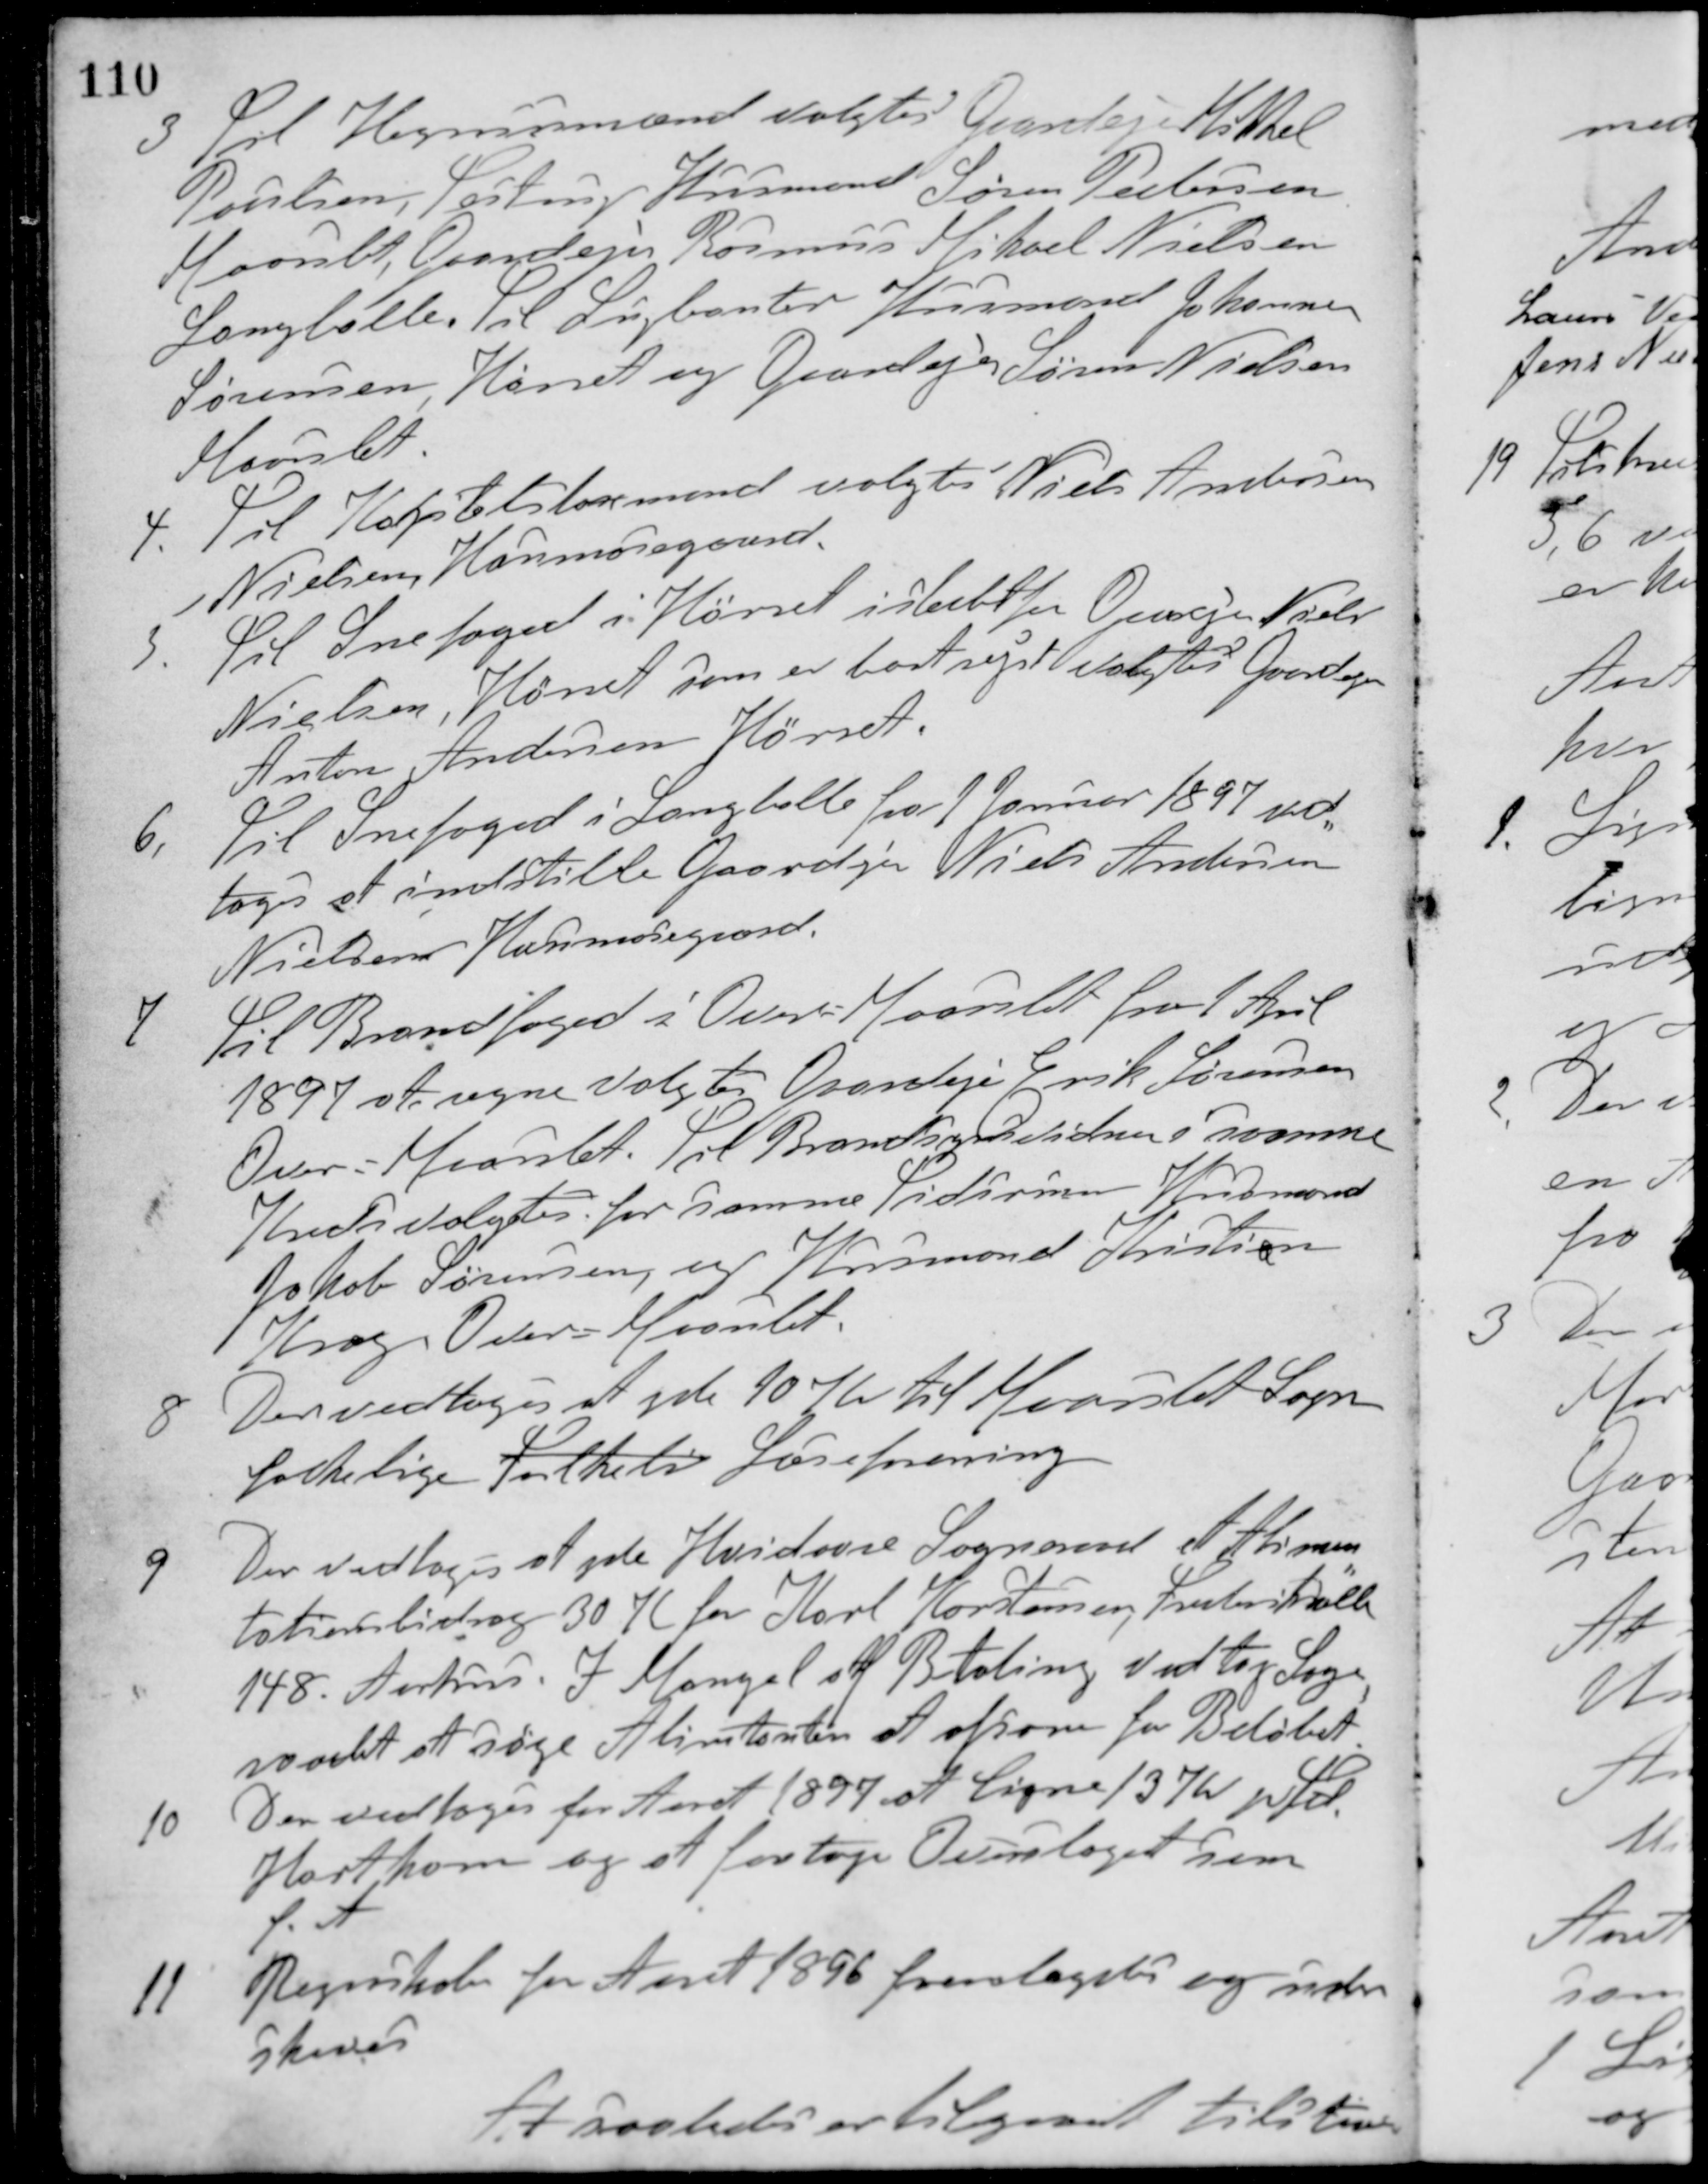
Transskription:
3 Til Hegnsmænd valgtes Gaardejer Mikkel
Poulsen, Testrup Husmand Søren Pedersen,
Maarslet, Gaardejer Rasmus Mikael Nielsen,
Langballe. Til Supleanter Husmand Johannes
Sørensen, Hørret og Gaardejer Søren Nielsen,
Maarslet
4. Til Kapitelslovmand valgtes Niels Andersen
Nielsen, Havmosegaard.
5. Til Snefoged i Hørret i stedet for Gaardejer Niels
Nielsen, Hørret som er bortrejst valgtes Gaardejer
Anton Andersen, Hørret.
6. Til Snefoged i Langballe fra 1 Januar 1897 ved-
toges at indstille Gaardejer Niels Andersen
Nielsens Havmosegaard.
7. Til Brandfoged i Over-Maarslet fra 1 April
1897 at regne valgtes Gaardejer Erik Sørensen,
Over-Maarslet. Til Brandsynsvidner i samme
Kreds valgtes for samme Tidsrum Husmand
Jakob Sørensen, og Husmand Kristian
Krog, Over-Maarslet.
8. Der vedtoges at yde 10 Kr. til Maarslet Sogn
folkelige Folkeli Læseforening.
9. Der vedtoges at yde Hvidovre Sogneraad et Alimen-
tationsbidrag 30 Kr. for Karl Karstensen, Frederiksalle
148 Aarhus. I Mangel af Betaling vedtog Sogne-
raadet at søge Alimentanten at afsone for Beløbet.
10. Der vedtoges for Aaret 1897 at ligne 137 Kr pr. Td.
Hartkorn og at foretage Overslaget som
f. A.
11. Regnskab for Aaret 1896 fremlagdes og under-
skreves.
At saaledes er tilgaaet tilstaaes